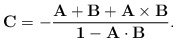
\begin{align*} \bf{C} = - \frac{\bf{A}+\bf{B}+\bf{A}\times\bf{B}} {1-\bf{A}\cdot\bf{B}}.\end{align*}